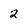
Character: 2